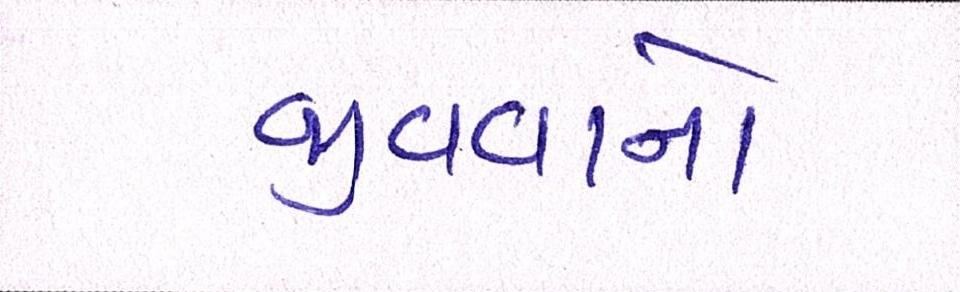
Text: જીવવાનો